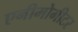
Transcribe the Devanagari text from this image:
एनीमोमीटर